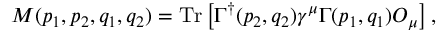
M ( p _ { 1 } , p _ { 2 } , q _ { 1 } , q _ { 2 } ) = \mathrm { T r } \left[ \Gamma ^ { \dagger } ( p _ { 2 } , q _ { 2 } ) \gamma ^ { \mu } \Gamma ( p _ { 1 } , q _ { 1 } ) \cal { O } _ { \mu } \right] ,